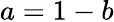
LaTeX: a=1-b